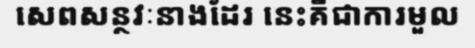
សេពសន្ថវៈនាងដែរ នេះគឺជាការមួល